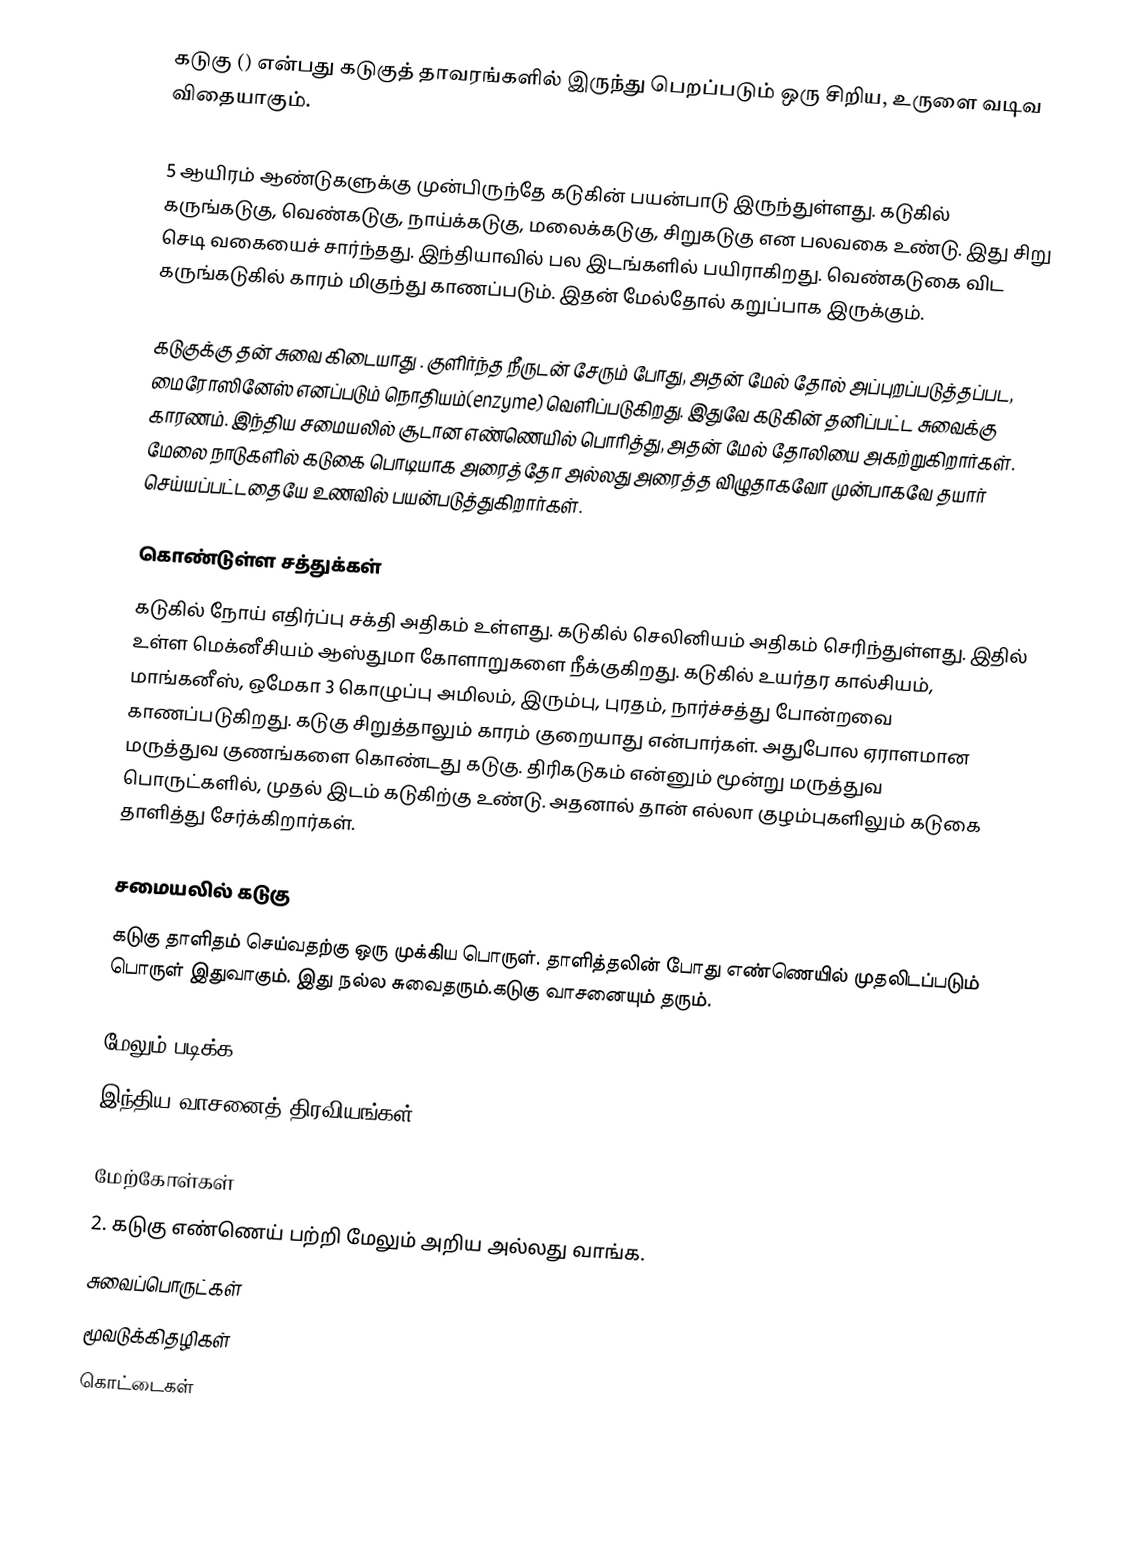
கடுகு () என்பது கடுகுத் தாவரங்களில் இருந்து பெறப்படும் ஒரு சிறிய, உருளை வடிவ விதையாகும்.

5 ஆயிரம் ஆண்டுகளுக்கு முன்பிருந்தே கடுகின் பயன்பாடு இருந்துள்ளது. கடுகில் கருங்கடுகு, வெண்கடுகு, நாய்க்கடுகு, மலைக்கடுகு, சிறுகடுகு என பலவகை உண்டு. இது சிறு செடி வகையைச் சார்ந்தது. இந்தியாவில் பல இடங்களில் பயிராகிறது. வெண்கடுகை விட கருங்கடுகில் காரம் மிகுந்து காணப்படும். இதன் மேல்தோல் கறுப்பாக இருக்கும்.

கடுகுக்கு தன் சுவை கிடையாது  . குளிர்ந்த நீருடன் சேரும் போது, அதன் மேல் தோல் அப்புறப்படுத்தப்பட, மைரோஸினேஸ் எனப்படும் நொதியம்(enzyme) வெளிப்படுகிறது. இதுவே கடுகின் தனிப்பட்ட சுவைக்கு காரணம். இந்திய சமையலில் சூடான எண்ணெயில் பொரித்து, அதன் மேல் தோலியை அகற்றுகிறார்கள். மேலை நாடுகளில் கடுகை பொடியாக அரைத்தோ அல்லது அரைத்த விழுதாகவோ முன்பாகவே தயார் செய்யப்பட்டதையே உணவில் பயன்படுத்துகிறார்கள்.

கொண்டுள்ள சத்துக்கள்
கடுகில் நோய் எதிர்ப்பு சக்தி அதிகம் உள்ளது. கடுகில் செலினியம் அதிகம் செரிந்துள்ளது. இதில் உள்ள மெக்னீசியம் ஆஸ்துமா கோளாறுகளை நீக்குகிறது. கடுகில் உயர்தர கால்சியம், மாங்கனீஸ், ஒமேகா 3 கொழுப்பு அமிலம், இரும்பு, புரதம், நார்ச்சத்து போன்றவை காணப்படுகிறது. கடுகு சிறுத்தாலும் காரம் குறையாது என்பார்கள். அதுபோல ஏராளமான மருத்துவ குணங்களை கொண்டது கடுகு. திரிகடுகம் என்னும் மூன்று மருத்துவ பொருட்களில், முதல் இடம் கடுகிற்கு உண்டு. அதனால் தான் எல்லா குழம்புகளிலும் கடுகை தாளித்து சேர்க்கிறார்கள்.

சமையலில் கடுகு
கடுகு தாளிதம் செய்வதற்கு ஒரு முக்கிய பொருள்.  தாளித்தலின் போது எண்ணெயில் முதலிடப்படும் பொருள் இதுவாகும்.  இது நல்ல சுவைதரும்.கடுகு வாசனையும் தரும்.

மேலும் படிக்க
 இந்திய வாசனைத் திரவியங்கள்

மேற்கோள்கள்
2. கடுகு எண்ணெய் பற்றி மேலும் அறிய அல்லது வாங்க.
சுவைப்பொருட்கள்
மூவடுக்கிதழிகள்
கொட்டைகள்